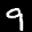
Label: 9